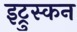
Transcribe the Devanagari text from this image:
इट्रुस्कन